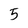
Character: 5